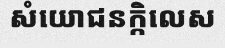
សំយោជនក្កិលេស